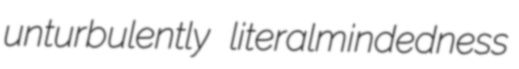
unturbulently literalmindedness